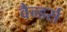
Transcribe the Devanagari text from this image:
वैन्डर्स